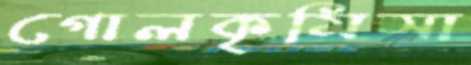
গোলকৃমিসা